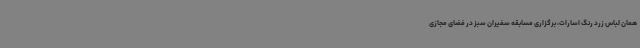
همان لباس زرد رنگ اسارات، برگزاری مسابقه سفیران سبز در فضای مجازی